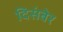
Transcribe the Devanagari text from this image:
दिसंबेर